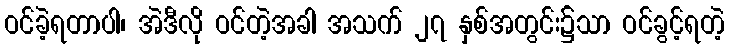
ဝင်ခဲ့ရတာပါ၊ အဲဒီလို ဝင်တဲ့အခါ အသက် ၂၇ နှစ်အတွင်း၌သာ ဝင်ခွင့်ရတဲ့